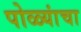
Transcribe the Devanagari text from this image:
पोळ्यांचा